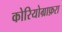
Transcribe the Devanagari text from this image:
कोरियोग्राफ़रा